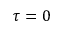
\tau = 0